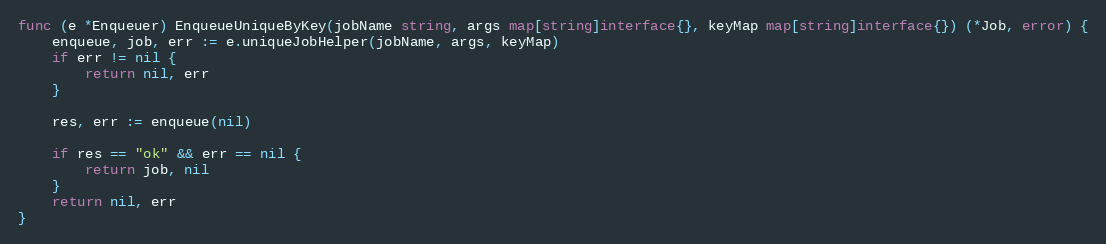
Language: Go
func (e *Enqueuer) EnqueueUniqueByKey(jobName string, args map[string]interface{}, keyMap map[string]interface{}) (*Job, error) {
	enqueue, job, err := e.uniqueJobHelper(jobName, args, keyMap)
	if err != nil {
		return nil, err
	}

	res, err := enqueue(nil)

	if res == "ok" && err == nil {
		return job, nil
	}
	return nil, err
}